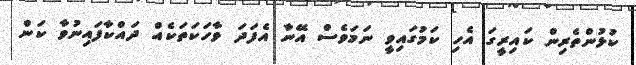
ކުޅުންތެރިން ކައިރީގަ އެހި ކަމުގައިވީ ނަމަވެސް އޭނާ އެފަދަ ވާހަކަތަކެއް ދައްކާފައިނުވާ ކަން